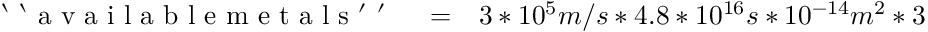
\begin{array} { r l r } { \mathrm { ~ ` ~ ` ~ a ~ v ~ a ~ i ~ l ~ a ~ b ~ l ~ e ~ m ~ e ~ t ~ a ~ l ~ s ~ ' ~ ' ~ } } & { { } = } & { 3 * 1 0 ^ { 5 } m / s * 4 . 8 * 1 0 ^ { 1 6 } s * 1 0 ^ { - 1 4 } m ^ { 2 } * 3 . 1 * 1 0 ^ { - 3 0 } k g / m ^ { 3 } } \end{array}